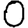
Digit: 0